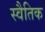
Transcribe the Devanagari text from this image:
स्वैतिक